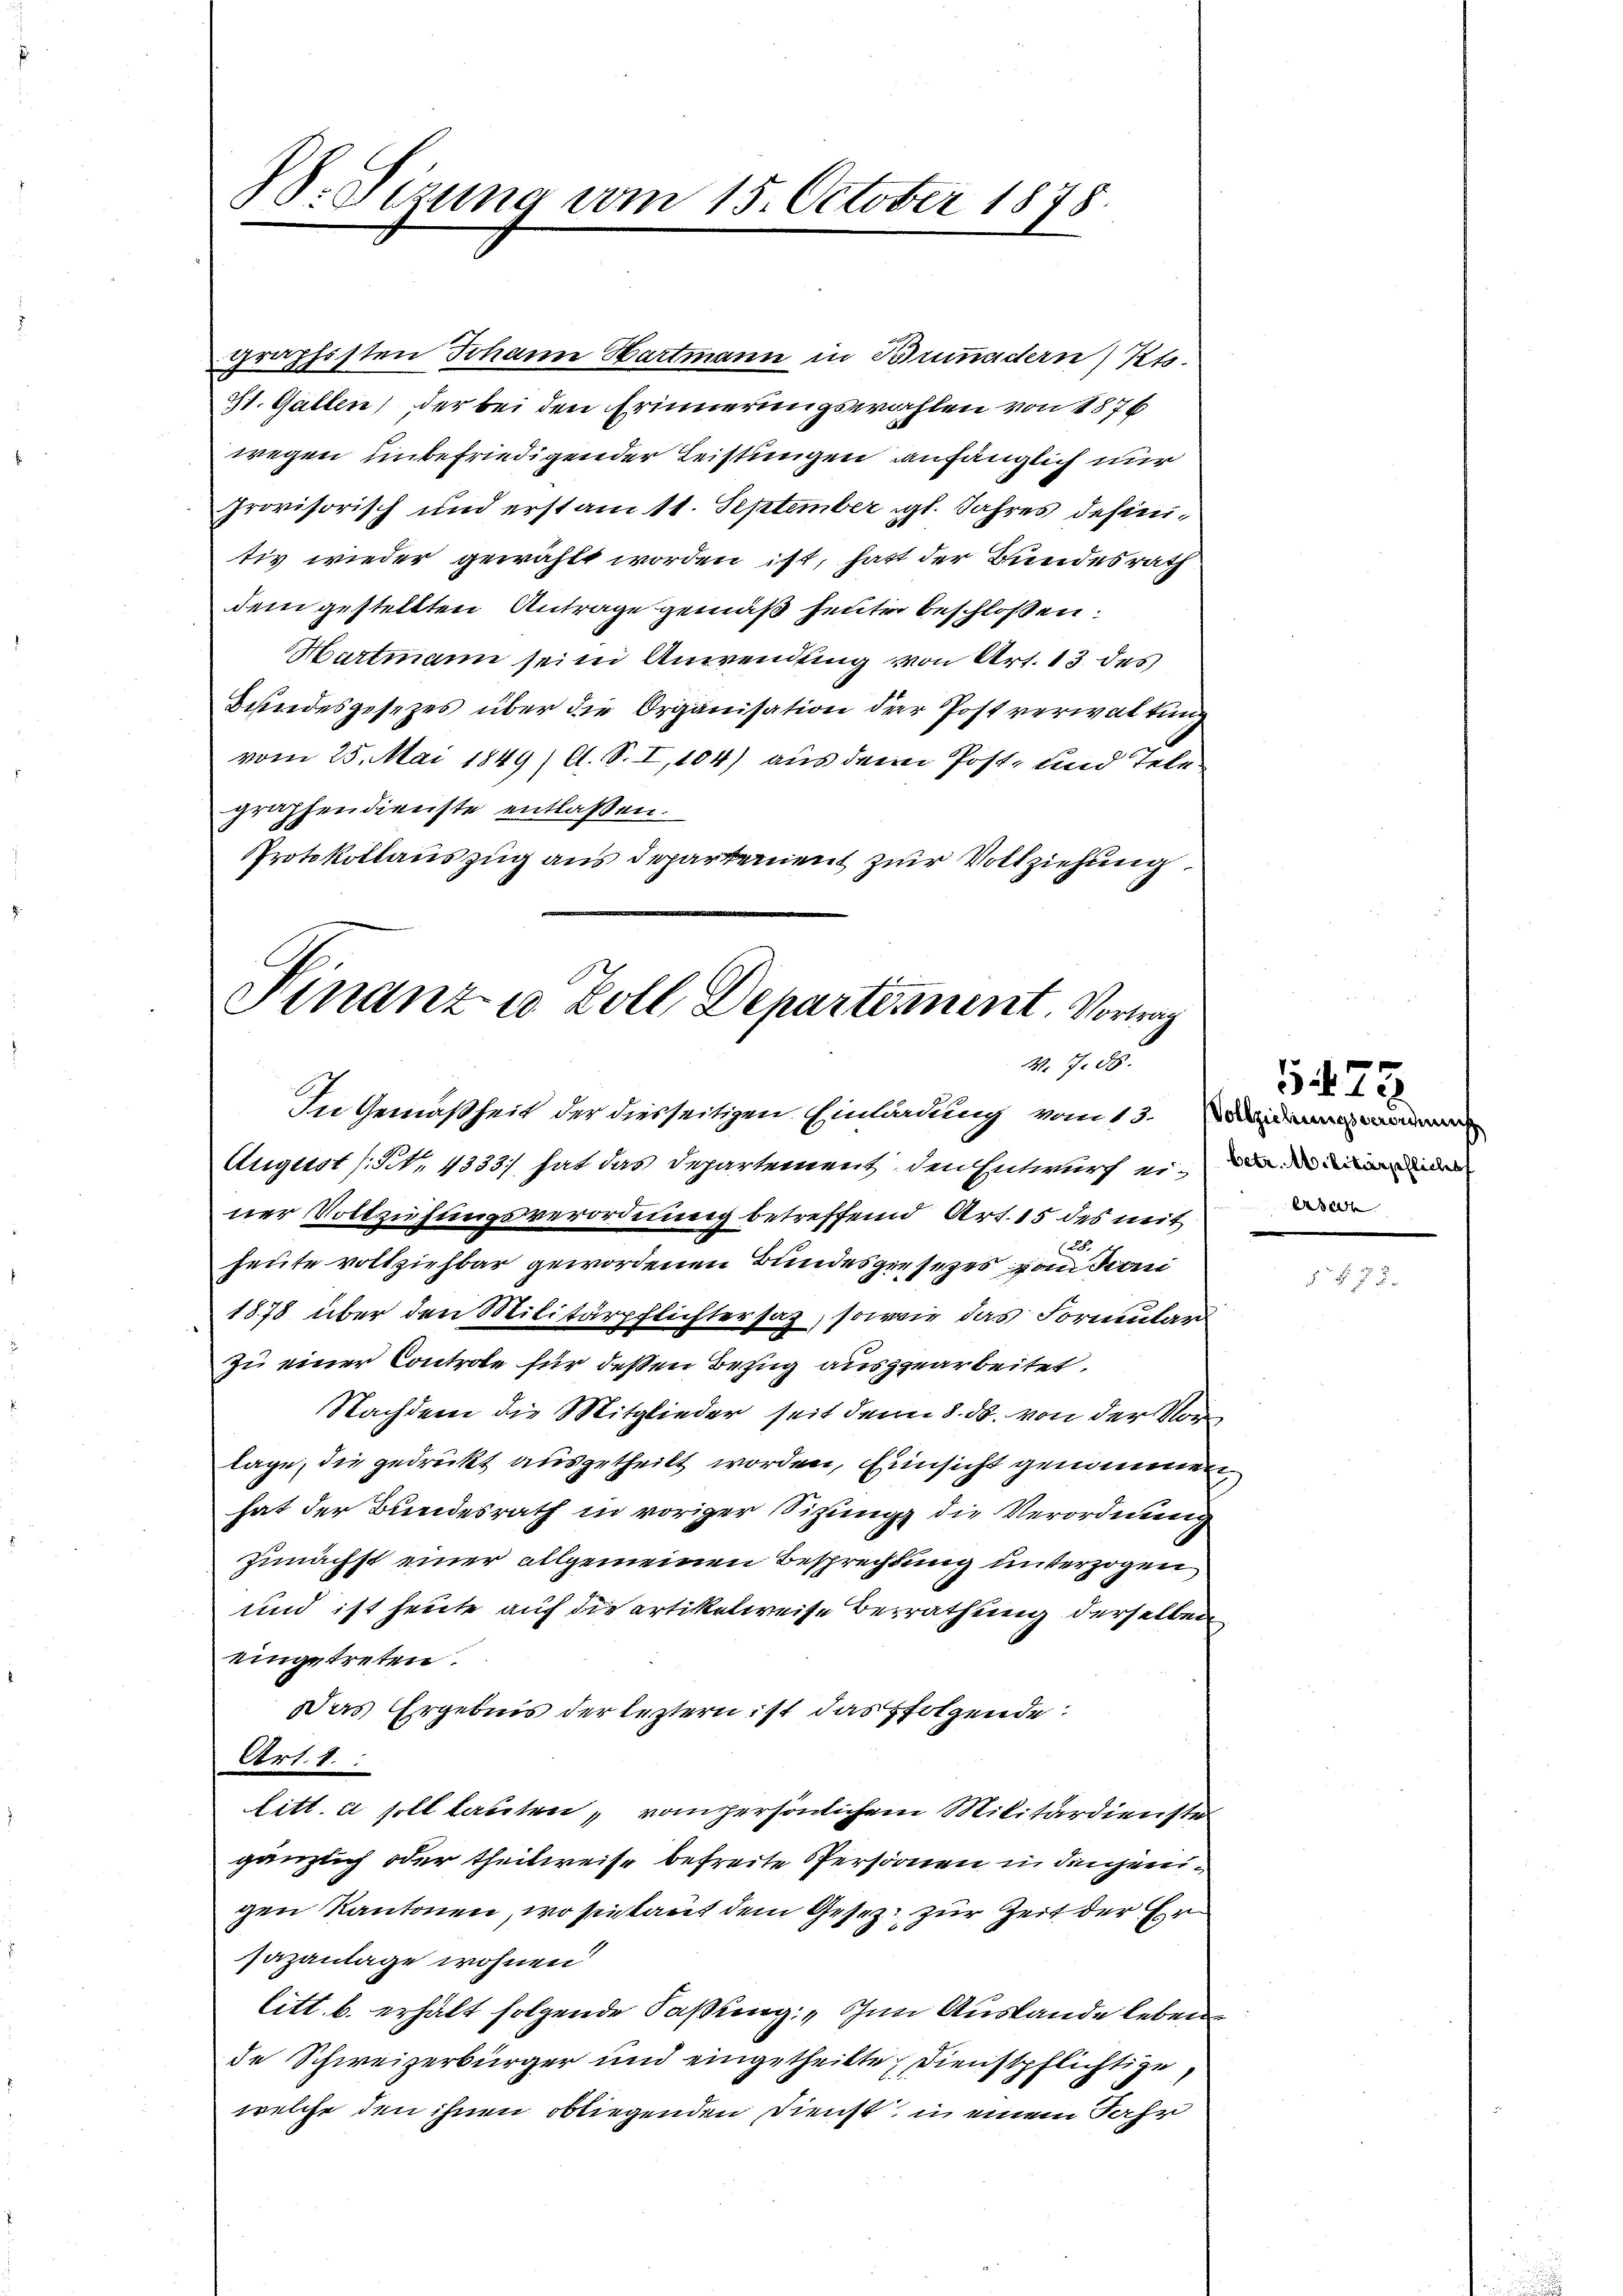
W. Sizung vom 15. October 1878.

graphisten Johann Hartmann in Brunadern Kts.
St. Gallen, der bei den Erinnerungswahlen von 1876
wegen unbefriedigender Leistungen anfänglich nur
provisorisch und erst am 11. September gl. Jahres definitiv wieder gewählt worden ist, hatt der Bundesrath
dem gestellten Antrage gemäß heute beschloßen:
Hartmann seine Anwendung von Art. 13 des
Behindesgesezes über die Organisation der Post verwaltun
vom 25. Mai 1849; A. S. I,104) aus dem Post- und Telegraffendienste entlaßen.
Protokollauszug aus Departement zur Vollziehung.

Finanz u. Zoll Departement. Vortrag
M. 7. 86.

In Gemäßheit der diesseitigen Einladung vom 13. Weiderung ein
August /: N., 4333) hat das Departement, den Entwurf ein der die
ner Vollziehungsverordnung betreffend Art. 15 des mit
heute vollziehbar gewordenen Bundesgesezes von der
1878 über den Militärpflichtersaz, sowie das Formular
zu einer Controle für deßen Bezug ausgearbeitet.
Nachdem die Mitglieder seit den 8. ds. von der Vorlage, die gedrückt ausgetheilt worden, Einsicht genommen,
hat der Bundesrath in voriger Sitzung die Verordnung
zunächst einer allgemeinen Besprechtung unterzogen
und ist heute auf die artikelweise Berrathung derselben
eingetreten.
Das Ergebnis der leztern ist das folgende:
Art. 1.
litt. a soll lauten, vom persönlichem Militärdienste
gänzlich oder theilweise befreite Personen in denjenigen Kantonen, wo sie kauf dem Gesez zur Zeit der Ersazanlage wohnen
litt. b. erhält folgende Faßung: „Im Auslande leben
de Schweizerbürger und eingetheilte Dienstpflichtige,
welche den ihnen obliegenden Dienst, in einem Jahr

1478
se